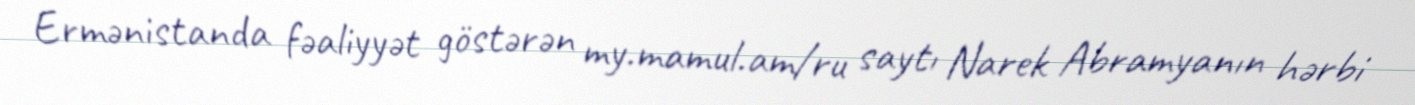
Ermənistanda fəaliyyət göstərən my.mamul.am/ru saytı Narek Abramyanın hərbi